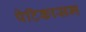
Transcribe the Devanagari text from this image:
पेटिकासम